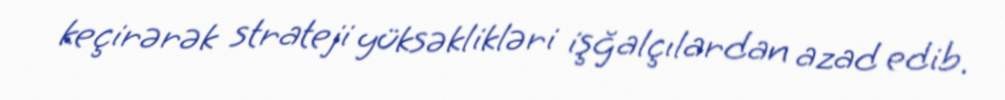
keçirərək strateji yüksəklikləri işğalçılardan azad edib.